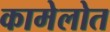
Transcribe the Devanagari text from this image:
कामेलोत